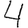
Digit: 4